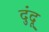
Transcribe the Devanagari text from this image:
दुंदू